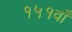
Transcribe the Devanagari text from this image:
१५१वाँ